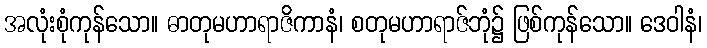
အလုံးစုံကုန်သော။ ဓာတုမဟာရာဇိကာနံ၊ စတုမဟာရာဇ်ဘုံ၌ ဖြစ်ကုန်သော။ ဒေဝါနံ၊